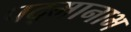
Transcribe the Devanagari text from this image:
पद्मानाभ